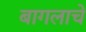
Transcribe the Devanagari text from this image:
बागलाचे